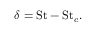
\delta = \mathrm { S t } - \mathrm { S t } _ { c } .